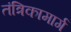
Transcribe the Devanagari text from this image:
तंत्रिकामार्ग